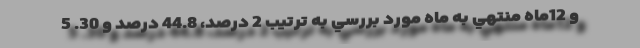
و 12ماه منتهي به ماه مورد بررسي به ترتيب 2 درصد، 44.8 درصد و 30. 5